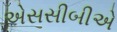
એસસીબીએ